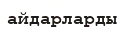
айдарларды